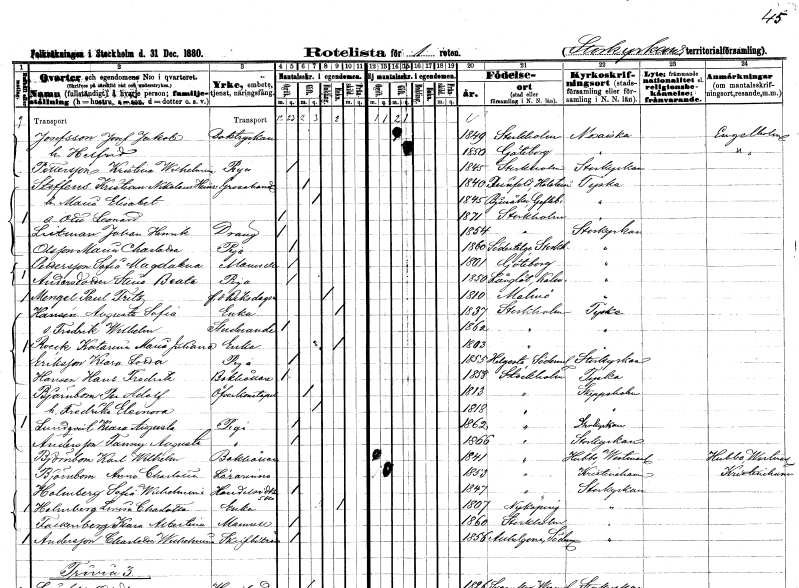
gt_parse: households: individuals: FN: Josef Jakob
EN: Josefsson
YRKE: Boktryckare
KON: M
CIV: G
FODAR: 1849
FODFORS: Stockholm
FN: Helfrida
KON: K
CIV: G
FODAR: 1850
FODFORS: Göteborg Göteborgs- och Bohuslän
FN: Kristina Wilhelmina
EN: Pettersson
YRKE: Piga
KON: K
CIV: O
FODAR: 1845
FODFORS: Stockholm
FN: Kristian Nikolaus Heinrik
EN: Steffens
YRKE: Grosshandlare
KON: M
CIV: G
FODAR: 1840
FN: Maria Elisabet
KON: K
CIV: G
FODAR: 1845
FODFORS: Bjuråker Gävleborgs län
FN: Otto Leonard
KON: M
CIV: O
FODAR: 1871
FODFORS: Stockholm
FN: Johan Henrik
EN: Leitman
YRKE: Dräng
KON: M
CIV: O
FODAR: 1854
FODFORS: Stockholm
FN: Maria Charlotta
EN: Olsson
YRKE: Piga
KON: K
CIV: O
FODAR: 1860
FODFORS: Södertälje Stockholms län
FN: Sofia Magdalena
EN: Pettersson
KON: K
CIV: O
FODAR: 1801
FODFORS: Göteborg Göteborgs- och Bohuslän
FN: Stina Beata
EN: Andersdotter
YRKE: Piga
KON: K
CIV: O
FODAR: 1850
FODFORS: Långlöt Kalmar län
FN: Paul Fritz
EN: Mengel
YRKE: Riksdagsman f.d.
KON: M
CIV: E
FODAR: 1810
FODFORS: Malmö Malmöhus län
FN: Augusta Sofia
EN: Hansén
YRKE: Änka
KON: K
CIV: E
FODAR: 1837
FODFORS: Stockholm
FN: Fredrik Wilhelm
YRKE: Studerande
KON: M
CIV: O
FODAR: 1862
FODFORS: Stockholm
FN: Katarina Maria Juliana
EN: Roeck
YRKE: Änka
KON: K
CIV: E
FODAR: 1803
FODFORS: Stockholm
FN: Klara lotta
EN: Eriksson
YRKE: Piga
KON: K
CIV: O
FODAR: 1855
FODFORS: Helgesta Södermanlands län
FN: Hans Fredrik
EN: Hansén
YRKE: Bokhållare
KON: M
CIV: O
FODAR: 1858
FODFORS: Stockholm
FN: Per Adolf
EN: Björnbom
YRKE: Överkonstapel
KON: M
CIV: G
FODAR: 1813
FODFORS: Stockholm
FN: Fredrika Eleonora
KON: K
CIV: G
FODAR: 1818
FODFORS: Stockholm
FN: Klara Augusta
EN: Lundqvist
YRKE: Piga
KON: K
CIV: O
FODAR: 1862
FODFORS: Stockholm
FN: Fanny Augusta
EN: Andersson
YRKE: Piga
KON: K
CIV: O
FODAR: 1866
FODFORS: Stockholm
FN: Karl Wilhelm
EN: Björnbom
YRKE: Bokhållare
KON: M
CIV: O
FODAR: 1841
FODFORS: Stockholm
FN: Anna Charlotta
EN: Björnbom
YRKE: Lärarinna
KON: K
CIV: O
FODAR: 1853
FODFORS: Stockholm
FN: Sofia Wilhelmina
EN: Holmberg
YRKE: Handelsidkerska
KON: K
CIV: O
FODAR: 1847
FODFORS: Stockholm
FN: Lovisa Charlotta
EN: Holmberg
YRKE: Änka
KON: K
CIV: E
FODAR: 1807
FODFORS: Nyköping Södermanlands län
FN: Klara Albertina
EN: Falkenberg
KON: K
CIV: O
FODAR: 1860
FODFORS: Stockholm